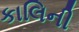
કાલિની